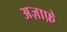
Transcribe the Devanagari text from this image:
अज़ाफ़े